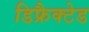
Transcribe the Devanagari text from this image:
डिफ्रैक्टेड